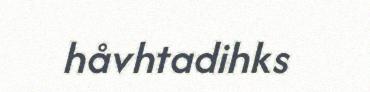
håvhtadihks